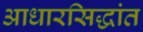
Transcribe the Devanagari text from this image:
आधारसिद्धांत